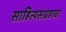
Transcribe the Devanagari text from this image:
साहित्यसंग्रहाचा